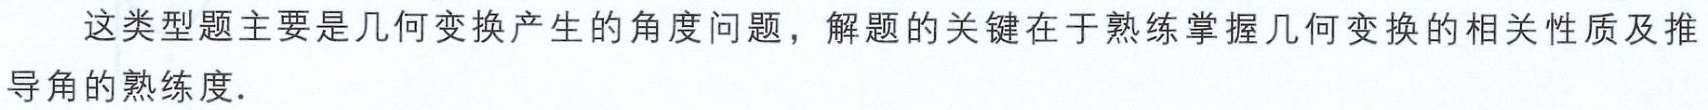
这类型题主要是几何变换产生的角度问题，解题的关键在于熟练掌握几何变换的相关性质及推导角的熟练度.